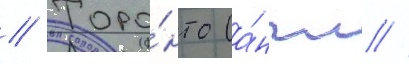
// Торо́нто (а́нгл //